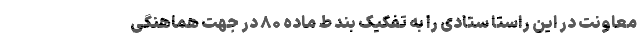
معاونت در این راستا ستادی را به تفکیک بند ط ماده ۸۰ در جهت هماهنگی